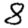
Digit: 8